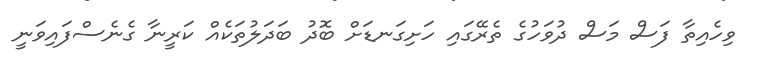
ވިހެއިތާ ފަސް މަސް ދުވަހުގެ ތެރޭގައި ހަށިގަނޑަށް ބޮދު ބަދަލުތަކެއް ކަރީނާ ގެނެސްފައިވަނީ